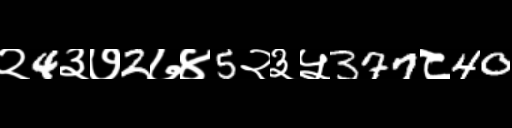
Text: २4३७2७४5२३५377८40